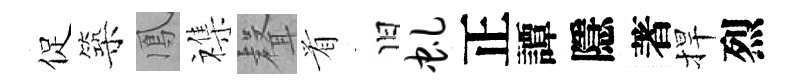
促築鳳襍𮋻㸔旧虬正譚隱著捍烈